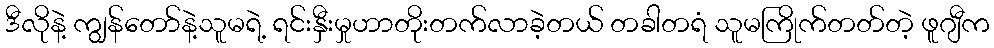
ဒီလိုနဲ့ ကျွန်တော်နဲ့သူမရဲ့ ရင်းနှီးမှုဟာတိုးတက်လာခဲ့တယ် တခါတရံ သူမကြိုက်တတ်တဲ့ ဖူဂျီက